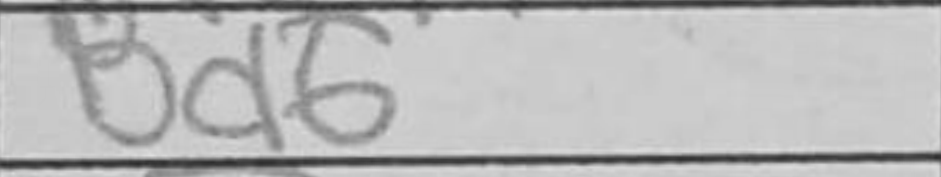
Transcription: Ba6